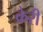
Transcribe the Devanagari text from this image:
क्रेरी